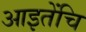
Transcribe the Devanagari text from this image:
आइतेंचि